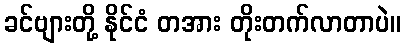
ခင်ဗျားတို့ နိုင်ငံ တအား တိုးတက်လာတာပဲ။